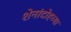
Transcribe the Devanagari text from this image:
शेनांदोहच्या